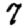
Digit: 7